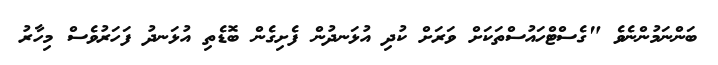
ބަންނަމުންނެވެ "ގެސްޓްހައުސްތަކަށް ވަރަށް ކުދި އުޅަނދުން ފެށިގެން ބޮޑެތި އުޅަނދު ފަހަރުވެސް މިހާރު